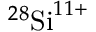
^ { 2 8 } \mathrm { S i } ^ { 1 1 \mathbf { + } }